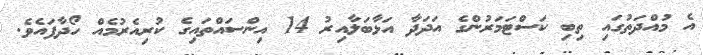
އެ މުއްދަތުގައި ތިބި ކަސްޓަމަރުންގެ އަދަދާ އަޅާބަލާއިރު 14 އިންސައްތައިގެ ކުރިއެރުމެއް ހޯދާފައެވެ.